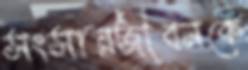
সংসারজীবনকে